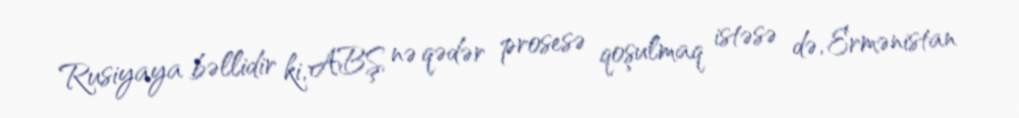
Rusiyaya bəllidir ki, ABŞ nə qədər prosesə qoşulmaq istəsə də, Ermənistan